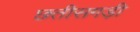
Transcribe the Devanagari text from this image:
छतीसगड़ी